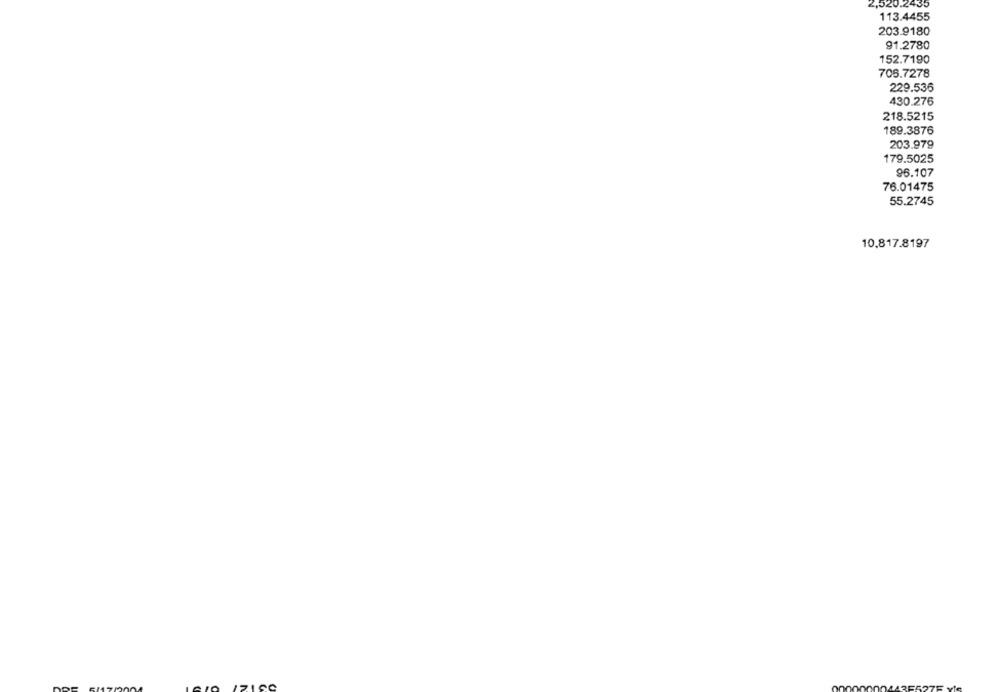
2,520.2435
113.4455
203.9180
91.2780
152.7190
706.7278
229.536
430.276
218.5215
189.3876
203.979
179.5025
96.107
76.01475
55.2745
10.817.8197
00